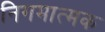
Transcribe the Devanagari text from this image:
निगमात्मक